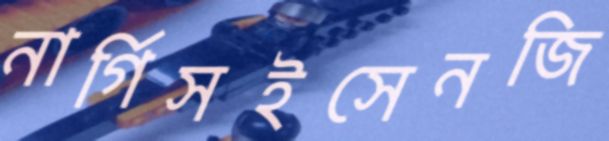
নার্গিসইসেনজি